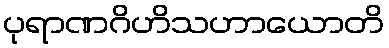
ပုရာဏဂိဟိသဟာယောတိ